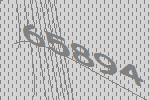
65894